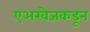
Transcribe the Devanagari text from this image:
एअरवेजकडून